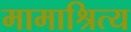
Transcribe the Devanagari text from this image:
मामाश्रित्य